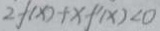
2 f _ { ( x ) } + x f ^ { \prime } _ { ( x ) } < 0